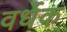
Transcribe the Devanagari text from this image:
वर्धेक